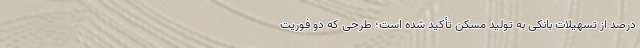
درصد از تسهیلات بانکی به تولید مسکن تأکید شده است؛ طرحی که دو فوریت